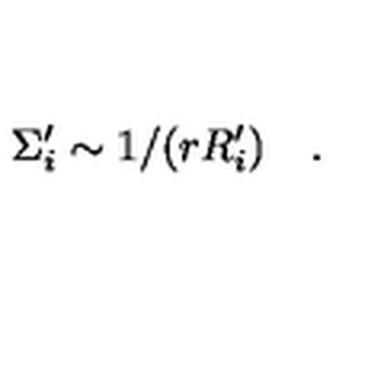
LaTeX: \Sigma _ { i } ^ { \prime } \sim 1 / ( r R _ { i } ^ { \prime } ) \quad .